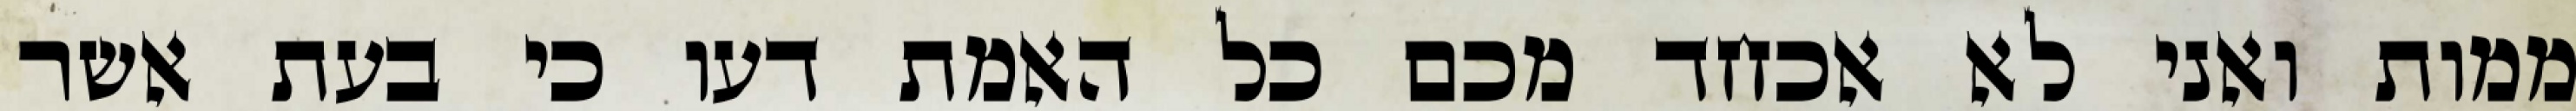
ממות ואני לא אכחד מכם כל האמת דעו כי בעת אשר